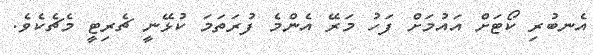
އެނބުރި ކޯޓަށް އައުމަށް ފަހު މަރޭ އެންމެ ފުރަތަމަ ކުޅޭނީ ޗެރިޓީ މެޗެކެވެ.